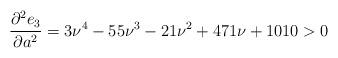
LaTeX: \begin{align*}\frac{\partial^2 e_3}{\partial a^2}&=3\nu^4-55\nu^3-21\nu^2+471\nu+1010>0\end{align*}